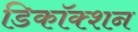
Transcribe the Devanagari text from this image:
डिकॉक्शन